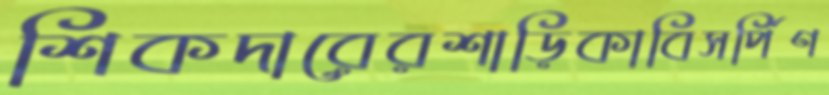
শিকদারেরশাড়িকাবিসর্পিণ